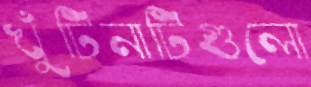
খুঁটিনাটিগুলো